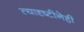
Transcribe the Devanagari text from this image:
त्यादृष्टीनेही